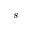
s